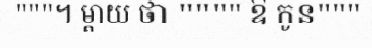
"""។ ម្តាយ ថា """" ឱ កូន"""